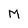
Character: M